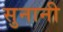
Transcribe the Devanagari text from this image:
सुनानी